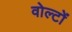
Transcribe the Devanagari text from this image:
वोल्टों